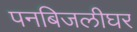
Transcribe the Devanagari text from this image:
पनबिजलीघर